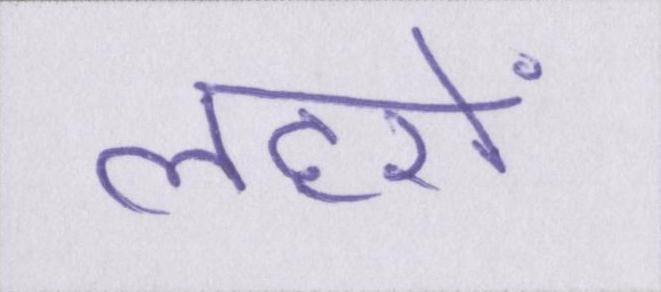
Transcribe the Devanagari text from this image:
लहरों